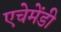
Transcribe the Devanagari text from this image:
एचेमेंडी